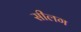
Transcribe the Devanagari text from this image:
सीलग